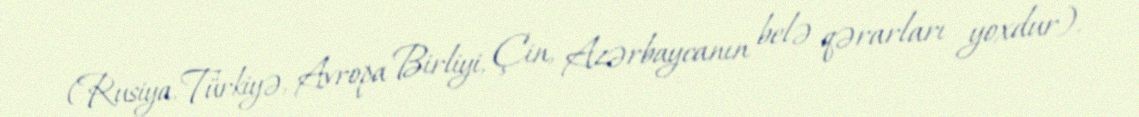
(Rusiya, Türkiyə, Avropa Birliyi, Çin, Azərbaycanın belə qərarları yoxdur).